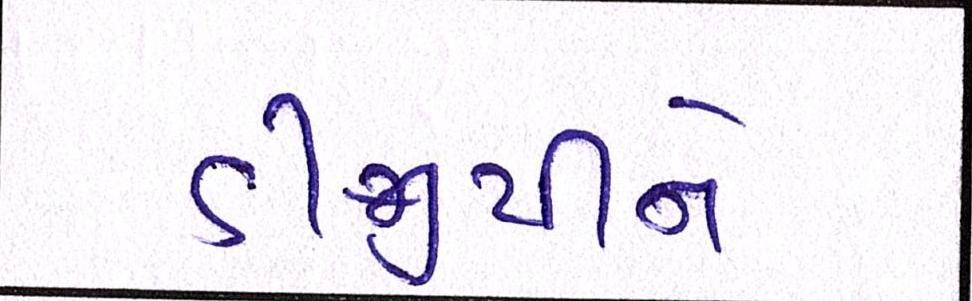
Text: ડીજીપીને